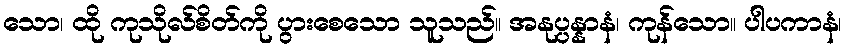
သော၊ ထို ကုသိုလ်စိတ်ကို ပွားစေသော သူသည်။ အနုပ္ပန္နာနံ၊ ကုန်သော။ ပါပကာနံ၊